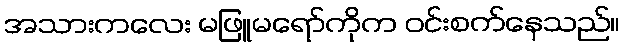
အသားကလေး မဖြူမရော်ကိုက ဝင်းစက်နေသည်။